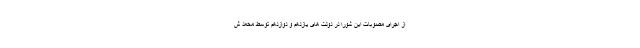
از اجرای مصوبات این شورا در دولت های یازدهم و دوازدهم توسط محمد ش